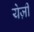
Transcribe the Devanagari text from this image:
येज़ी